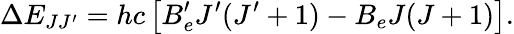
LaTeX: \Delta E_{JJ^{\prime}}=hc\left[B_{e}^{\prime}J^{\prime}(J^{\prime}+1)-B_{e}J(J+1)\right].